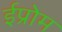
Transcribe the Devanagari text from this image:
ईप्रोम